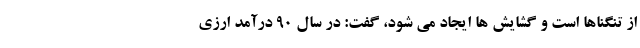
از تنگناها است و گشایش ها ایجاد می شود، گفت: در سال ٩٠ درآمد ارزی